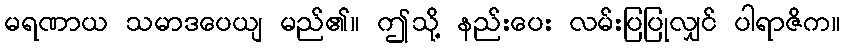
မရဏာယ သမာဒပေယျ မည်၏။ ဤသို့ နည်းပေး လမ်းပြပြုလျှင် ပါရာဇိက။